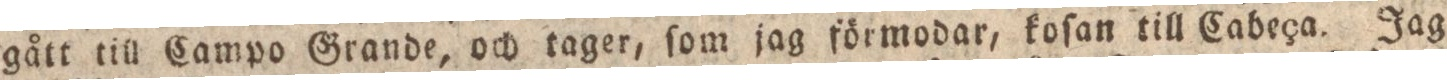
gått till Campo Grande, och tager, ſom jag förmodar, koſan till Cabeça. Jag